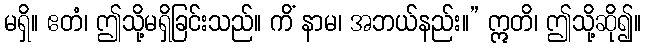
မရှိ။ ဧတံ၊ ဤသို့မရှိခြင်းသည်။ ကိံ နာမ၊ အဘယ်နည်း။” ဣတိ၊ ဤသို့ဆို၍။